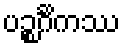
ပဉ္စင်္ဂိကဿ